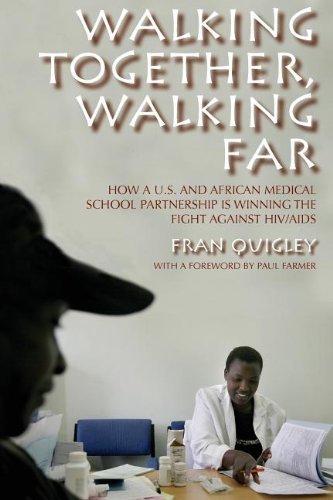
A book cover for By Fran Quigley Walking Together, Walking Far: How a U.S. and African Medical School Partnership Is Winning the Figh (1st First Edition) [Paperback]; Education & Teaching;